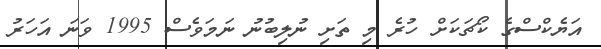
އަޔެކްސްގެ ކޯޗަކަށް ހުރެ މި ތަށި ނުލިބުނު ނަމަވެސް 1995 ވަނަ އަހަރު